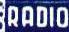
RADIO